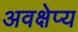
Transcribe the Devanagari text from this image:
अवक्षेप्य